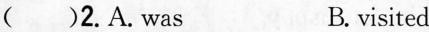
( )2.A. Was B.visited